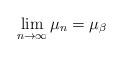
LaTeX: \begin{align*}\lim_{n\to \infty} \mu_n = \mu_\beta\end{align*}